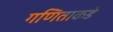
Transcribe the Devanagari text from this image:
गणिताकडे